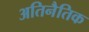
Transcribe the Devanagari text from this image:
अतिनैतिक